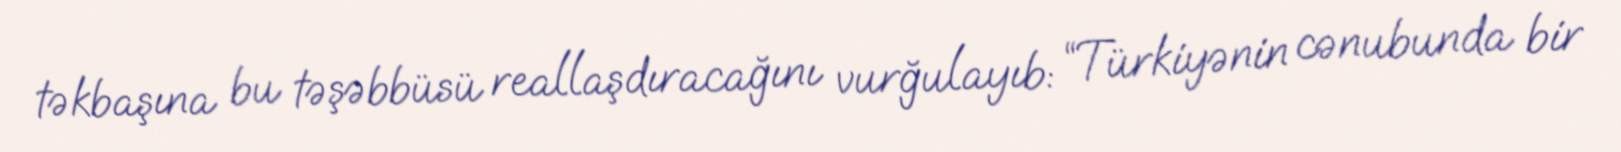
təkbaşına bu təşəbbüsü reallaşdıracağını vurğulayıb: “Türkiyənin cənubunda bir